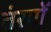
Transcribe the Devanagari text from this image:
तंरगोँ